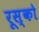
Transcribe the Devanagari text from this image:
रूस्को